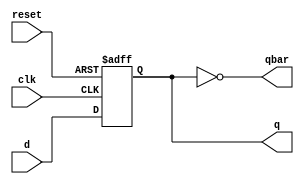
module dff(d,clk,reset,q,qbar);
	input d,clk,reset;
	output reg q;
	output qbar;
	
	assign qbar=~q;
	
	always @(posedge clk or posedge reset)
		begin
			if(reset)
				q<=1'b0;
			else
				q<=d;
		end
endmodule

module tb;
	reg d,clk,reset;
	wire q,qbar;
	
	dff dut(d,clk,reset,q,qbar);
	
	always #5 clk=~clk;
		initial begin
		$dumpfile("dff.vcd");
		$dumpvars(0,tb);
		$monitor($time ," d=%b\tclk=%b\treset=%b\tq=%b\tqbar=%b",d,clk,reset,q,qbar);
		clk=1'b0;
		#3 reset =1'b1;d=1'b0;
		#5 reset =1'b0; d=1'b1;
		#5 d=1;
		#5 d=0;
		#5 d=1;
		#5 d=0;
		#5 $finish;
	end
endmodule